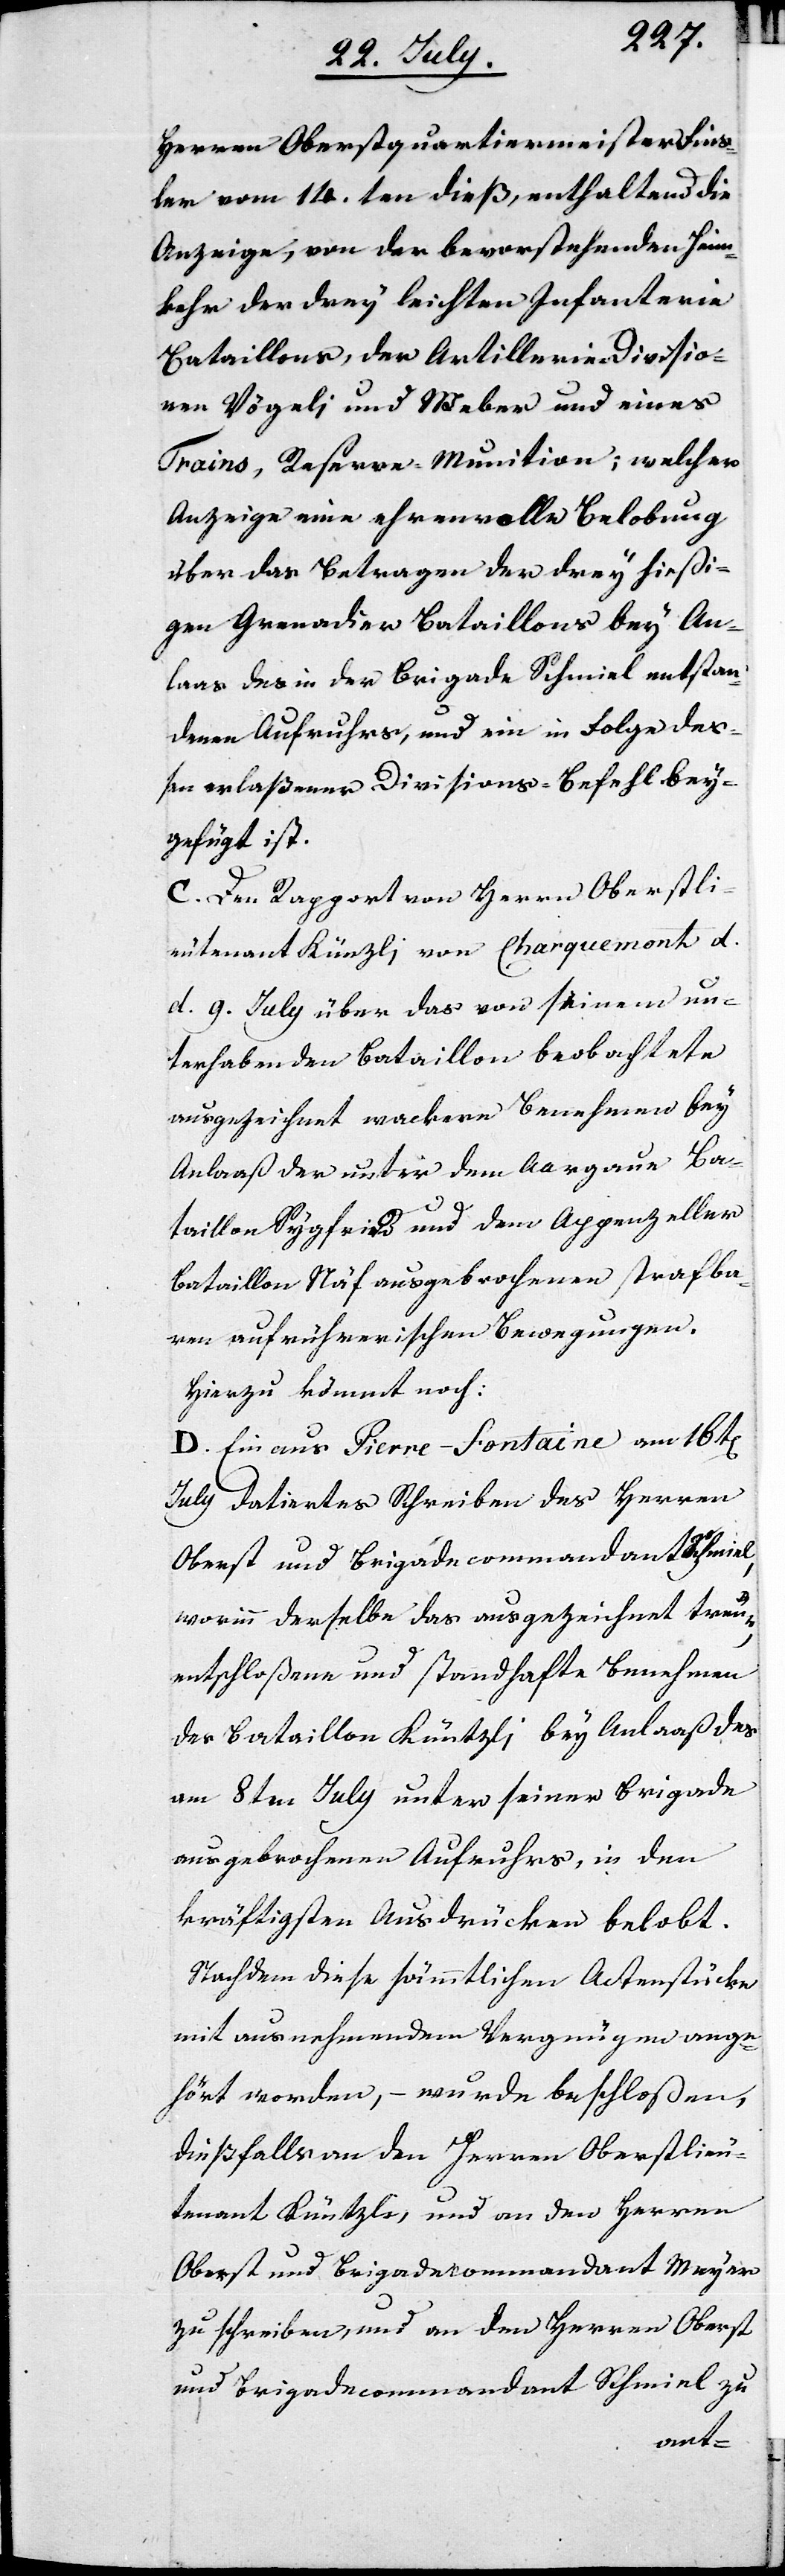
Herren Oberstquartiermeister Fins¬
ler vom 14ten dieß, enthaltend die
Anzeige, von der bevorstehenden Heim¬
kehr der drey leichten Infanteri¬
e-Bataillons, der Artillerie Divisio¬
nen Vögeli und Weber und eines
Trains, Reserve-Munition; welcher
Anzeige eine ehrenvolle Belobung
über das Betragen der drey hießi¬
gen Grenadier Bataillons bey An¬
laas des in der Brigade Schmiel entstan¬
denen Aufruhrs, und ein in Folge deß¬
en erlaßener Divisions-Befehl bey¬
gefügt ist.
C. Den Rapport von Herrn Oberstli¬
eutenant Künzli von Charquemont d.
d. 9. July über das von seinem un¬
terhabenden Bataillon beobachtete
ausgezeichnet wackere Benehmen bey
Anlaß der unter dem Aargauer Ba¬
taillon Sygfried und dem Appenzeller
Bataillon Näf ausgebrochenen strafba¬
ren aufrührerischen Bewegungen.
Hinzu kömmt noch:
D. Ein aus Pierre-Fontaine am 16ten
July datiertes Schreiben des Herren
Oberst und Brigadecommandant Schmiel,
worinn derselbe das ausgezeichnet treue,
entschloßene und standhafte Benehmen
des Bataillon Küntzli bey Anlaß des
am 8ten July unter seiner Brigade
ausgebrochenen Aufruhrs, in den
kräftigsten Ausdrücken belobt.
Nachdem diese sämmtlichen Actenstücke
mit ausnehmendem Vergnügen ange¬
hört worden, – wurde beschloßen,
dießfalls an den Herren Oberstlieu¬
tenant Küntzle, und an den Herren
Oberst und Brigadecommandant Meyer
zu schreiben und an den Herren Oberst
den Brigadecommandant Schmiel zu